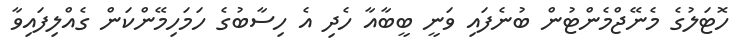
ހޮޓަލުގެ މެނޭޖްމެންޓުން ބުނެފައި ވަނީ ބީބާއާ ހެދި އެ ހިސާބުގެ ހަމަހިމޭންކަން ގެއްލިފައިވާ